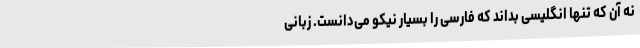
نه آن که تنها انگلیسی بداند که فارسی را بسیار نیکو می‌دانست. زبانی